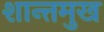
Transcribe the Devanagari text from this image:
शान्तमुख